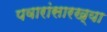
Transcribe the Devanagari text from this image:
पवारांसारख्या